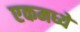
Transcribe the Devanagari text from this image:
एकमध्ये